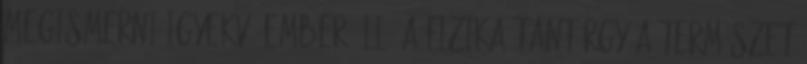
megismerni igyekvő ember áll. A fizika tantárgy a természet